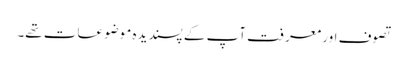
تصوف اور معرفت آپ کے پسندیدہ موضوعات تھے۔